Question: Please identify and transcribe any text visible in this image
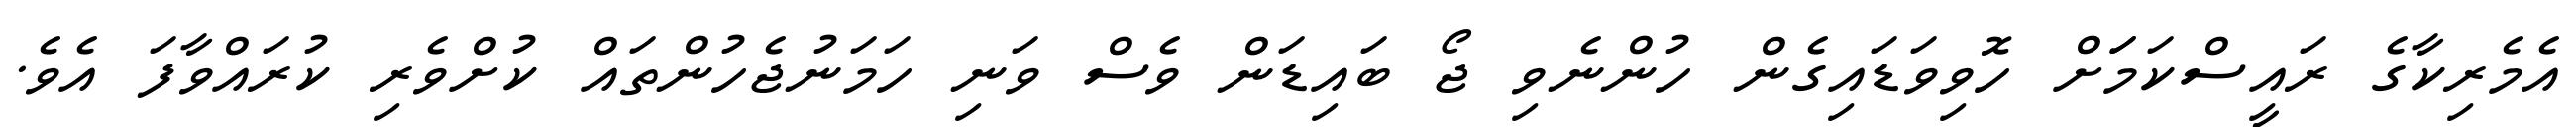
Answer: އެމެރިކާގެ ރައީސްކަމަަށް ހޮވިވަޑައިގެން ހުންނެވި ޖޯ ބައިޑަން ވެސް ވަނި ހަމަނުޖެހުންތައް ކުށްވެރި ކުރައްވާފަ އެވެ.